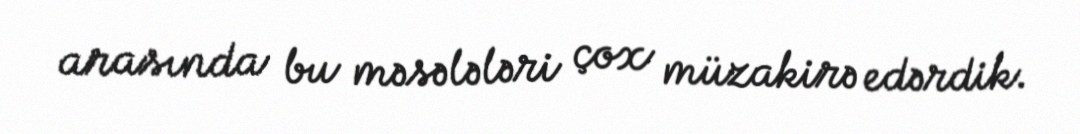
arasında bu məsələləri çox müzakirə edərdik.